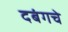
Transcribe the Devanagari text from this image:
दबंगचे